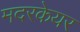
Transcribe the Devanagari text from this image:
मदरकेयर